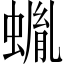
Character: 𧎠